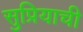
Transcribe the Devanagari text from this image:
सुप्रियाची